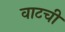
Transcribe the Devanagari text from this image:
वाटची